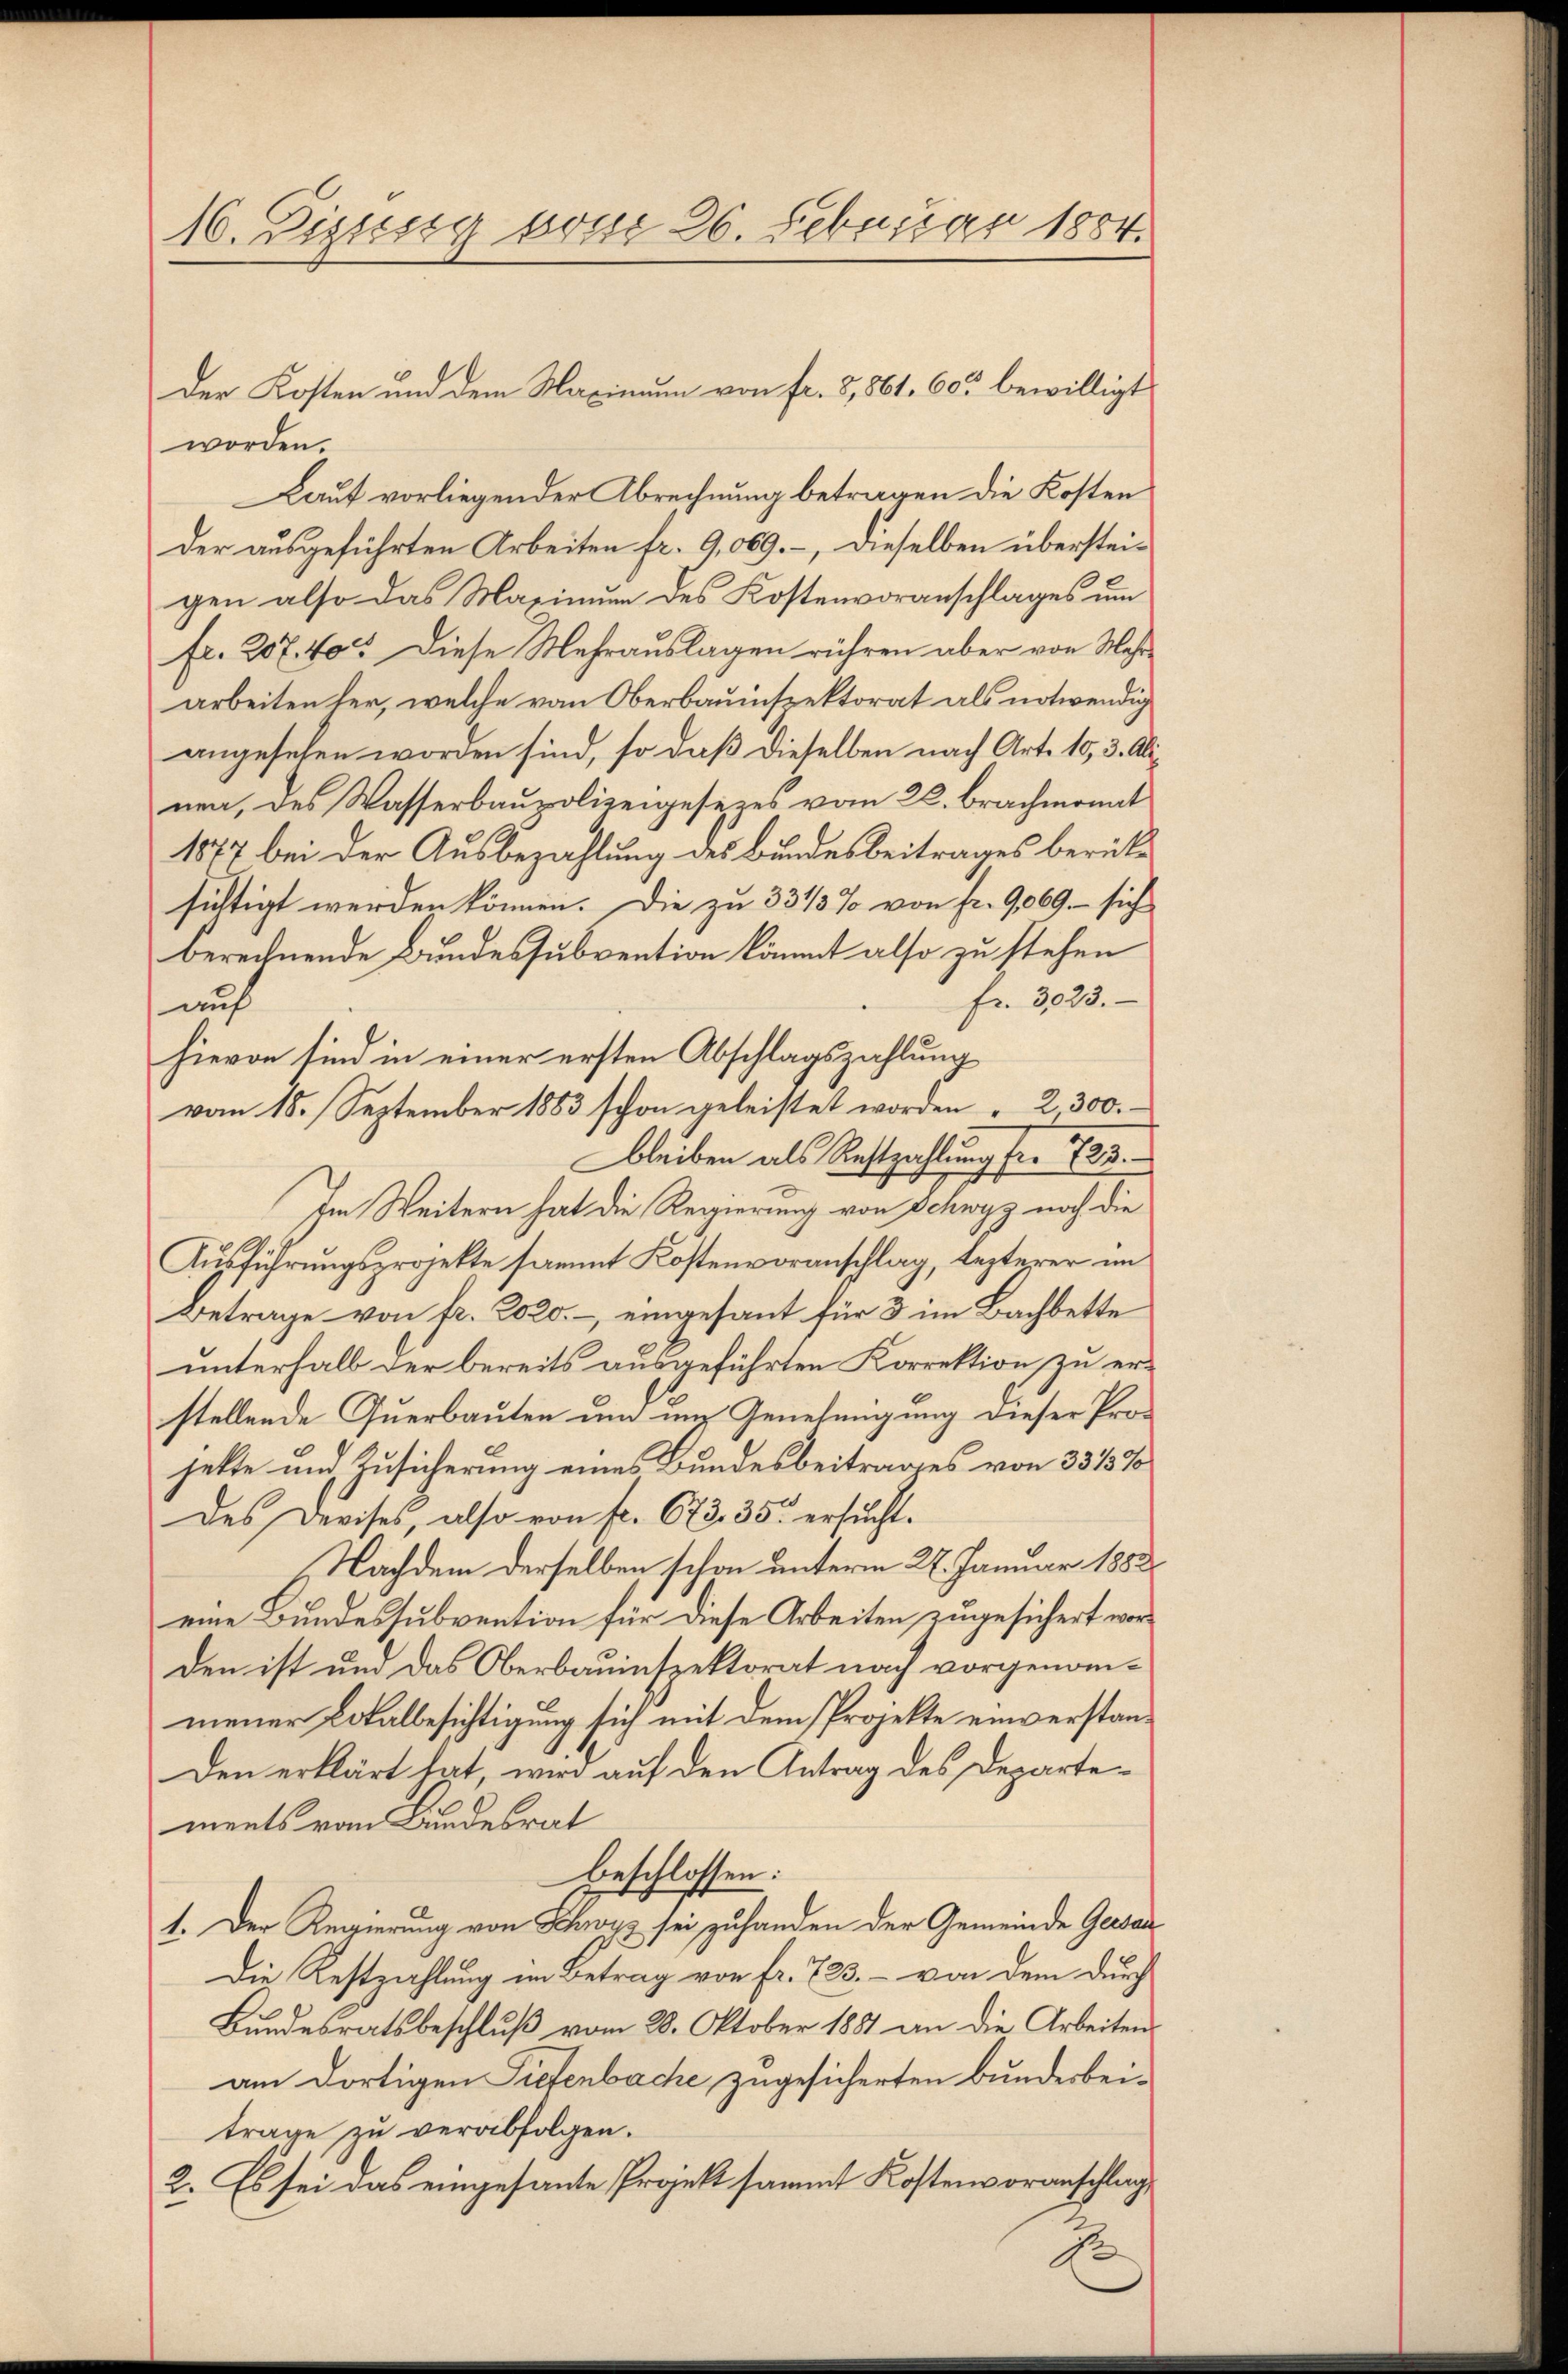
16. Diesig vom 26. Februar 1884.

worden.
Kauf vorliegender Abrechnung betragen die Kosten
der ausgeführten Arbeiten fr. 9,009. –, dieselben übersteigen also das Masinum des Kostenvoranschlages um
fr. 207. 40. Diese Mehrauslagen rühren aber von Mehr
arbeiten her, welche von Oberbauinspektorat als notwendig
angesehen worden sind, so daß dieselben nach Art. 10, 3. Alinen, des Wasserbaupolizeigesezes vom 26. brachmonat
1877 bei der Ausbezahlung des Bundesbeitrages berücksichtigt werden können. Die zu 331/3% von fr. 9069.- sich
berechnende Bundessubvention kömmt also zu stehen
fr. 3023.
auf
hievon sind in einer ersten Abschlagszahlung
vom 15. September 1883 schon geleistet worden " 2300.
bleiben als Restzahlung fr. 1725.
Im Weitern hat die Regierung von Schwyz noch die
Ausführungsprojekte sammt Kostenvoranschlag, lezterer im
Betrage von fr. 2020.- eingesant für 3 im Bachbette
unterhalb der bereits ausgeführten Korrektion zu erstellende Querbauten um im Genehmigung dieser Pro-
jette und Zusicherung eines Bundesbeitrages von 3315%
des Dreises, also von fr. 673. 35. ersucht.
Nachdem derselben schon unterm 27. Januar 1882.
eine Bundessubvention für diese Arbeiten zugesichert worden ist und das Oberbauinspektorat nach vorgenommener Lokalbesichtigung sich mit dem Projekte einverstan¬
Den erklärt hat, wird auf den Antrag des Departements vom Bundesrat
beschlossen:
1. Der Regierung von Schwyz sei zuhanden der Gemeinde Gersan
Die Restzahlung im Betrag von fr. 723. – von dem durch
Bundesratsbeschluß vom 28. Oktober 1881 an die Arbeiten
am dortigen Tiefenbache zugesicherten Bundesbeitrage zu verabfolgen.
2. Es sei das eingesante Projekt sammt Kostenvoranschlag,

Der Kosten und dem Maximum von fr. 3, 561. 605 bewilligt